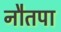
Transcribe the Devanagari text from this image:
नौतपा